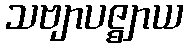
သဗျာပဇ္ဈာယ